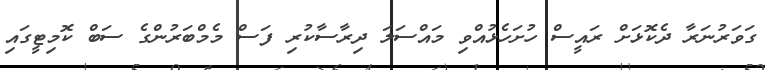
ގަވަރުނަރާ ދެކޮޅަށް ރައީސް ހުށަހެޅުއްވި މައްސަލަ ދިރާސާކުރި ފަސް މެމްބަރުންގެ ސަބް ކޮމިޓީގައި